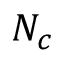
N _ { c }